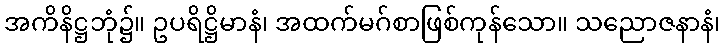
အကိနိဋ္ဌဘုံ၌။ ဥပရိဋ္ဌိမာနံ၊ အထက်မဂ်စာဖြစ်ကုန်သော။ သညောဇနာနံ၊